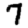
Digit: 7